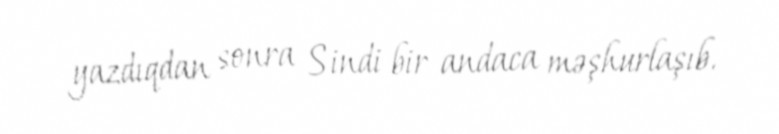
yazdıqdan sonra Sindi bir andaca məşhurlaşıb.